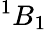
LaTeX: {}^{1}B_{1}